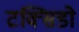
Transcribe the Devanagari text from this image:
टक्सिडो